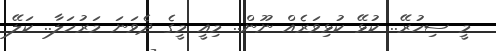
މީ ސިހުރޭ.. ކުޅޭ ކުޅިވަރެއް ނޫން.. މިއީ މީގެ ދެވަނަ މަރުހަލާ.. ކަލޭ